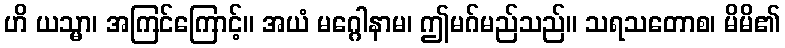
ဟိ ယသ္မာ၊ အကြင်ကြောင့်။ အယံ မဂ္ဂေါနာမ၊ ဤမဂ်မည်သည်။ သရသတောစ၊ မိမိ၏